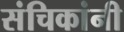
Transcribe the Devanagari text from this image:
संचिकांनी